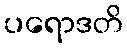
ပရောဒတိ